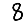
Digit: 8